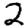
Digit: 2